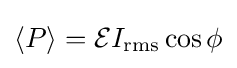
\langle P\rangle ={\mathcal {E}}I_{\mathrm {rms} }\cos \phi \,\!